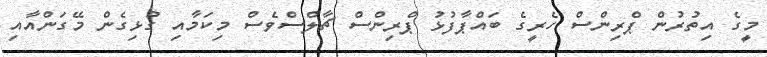
މީގެ އިތުރުން ޕްރިންސް ހެރީގެ ބައްޕާފުޅު ޕްރިންސް ޗާލްސްވެސް މިކަމާއި ގުޅިގެން މޭގަންއާއި